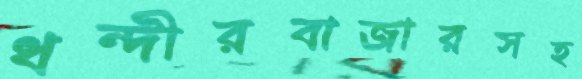
ধন্দীরবাজারসহ